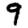
Digit: 9